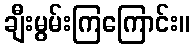
ချီးမွမ်းကြကြောင်း။